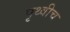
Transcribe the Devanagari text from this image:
पृथ्वीच